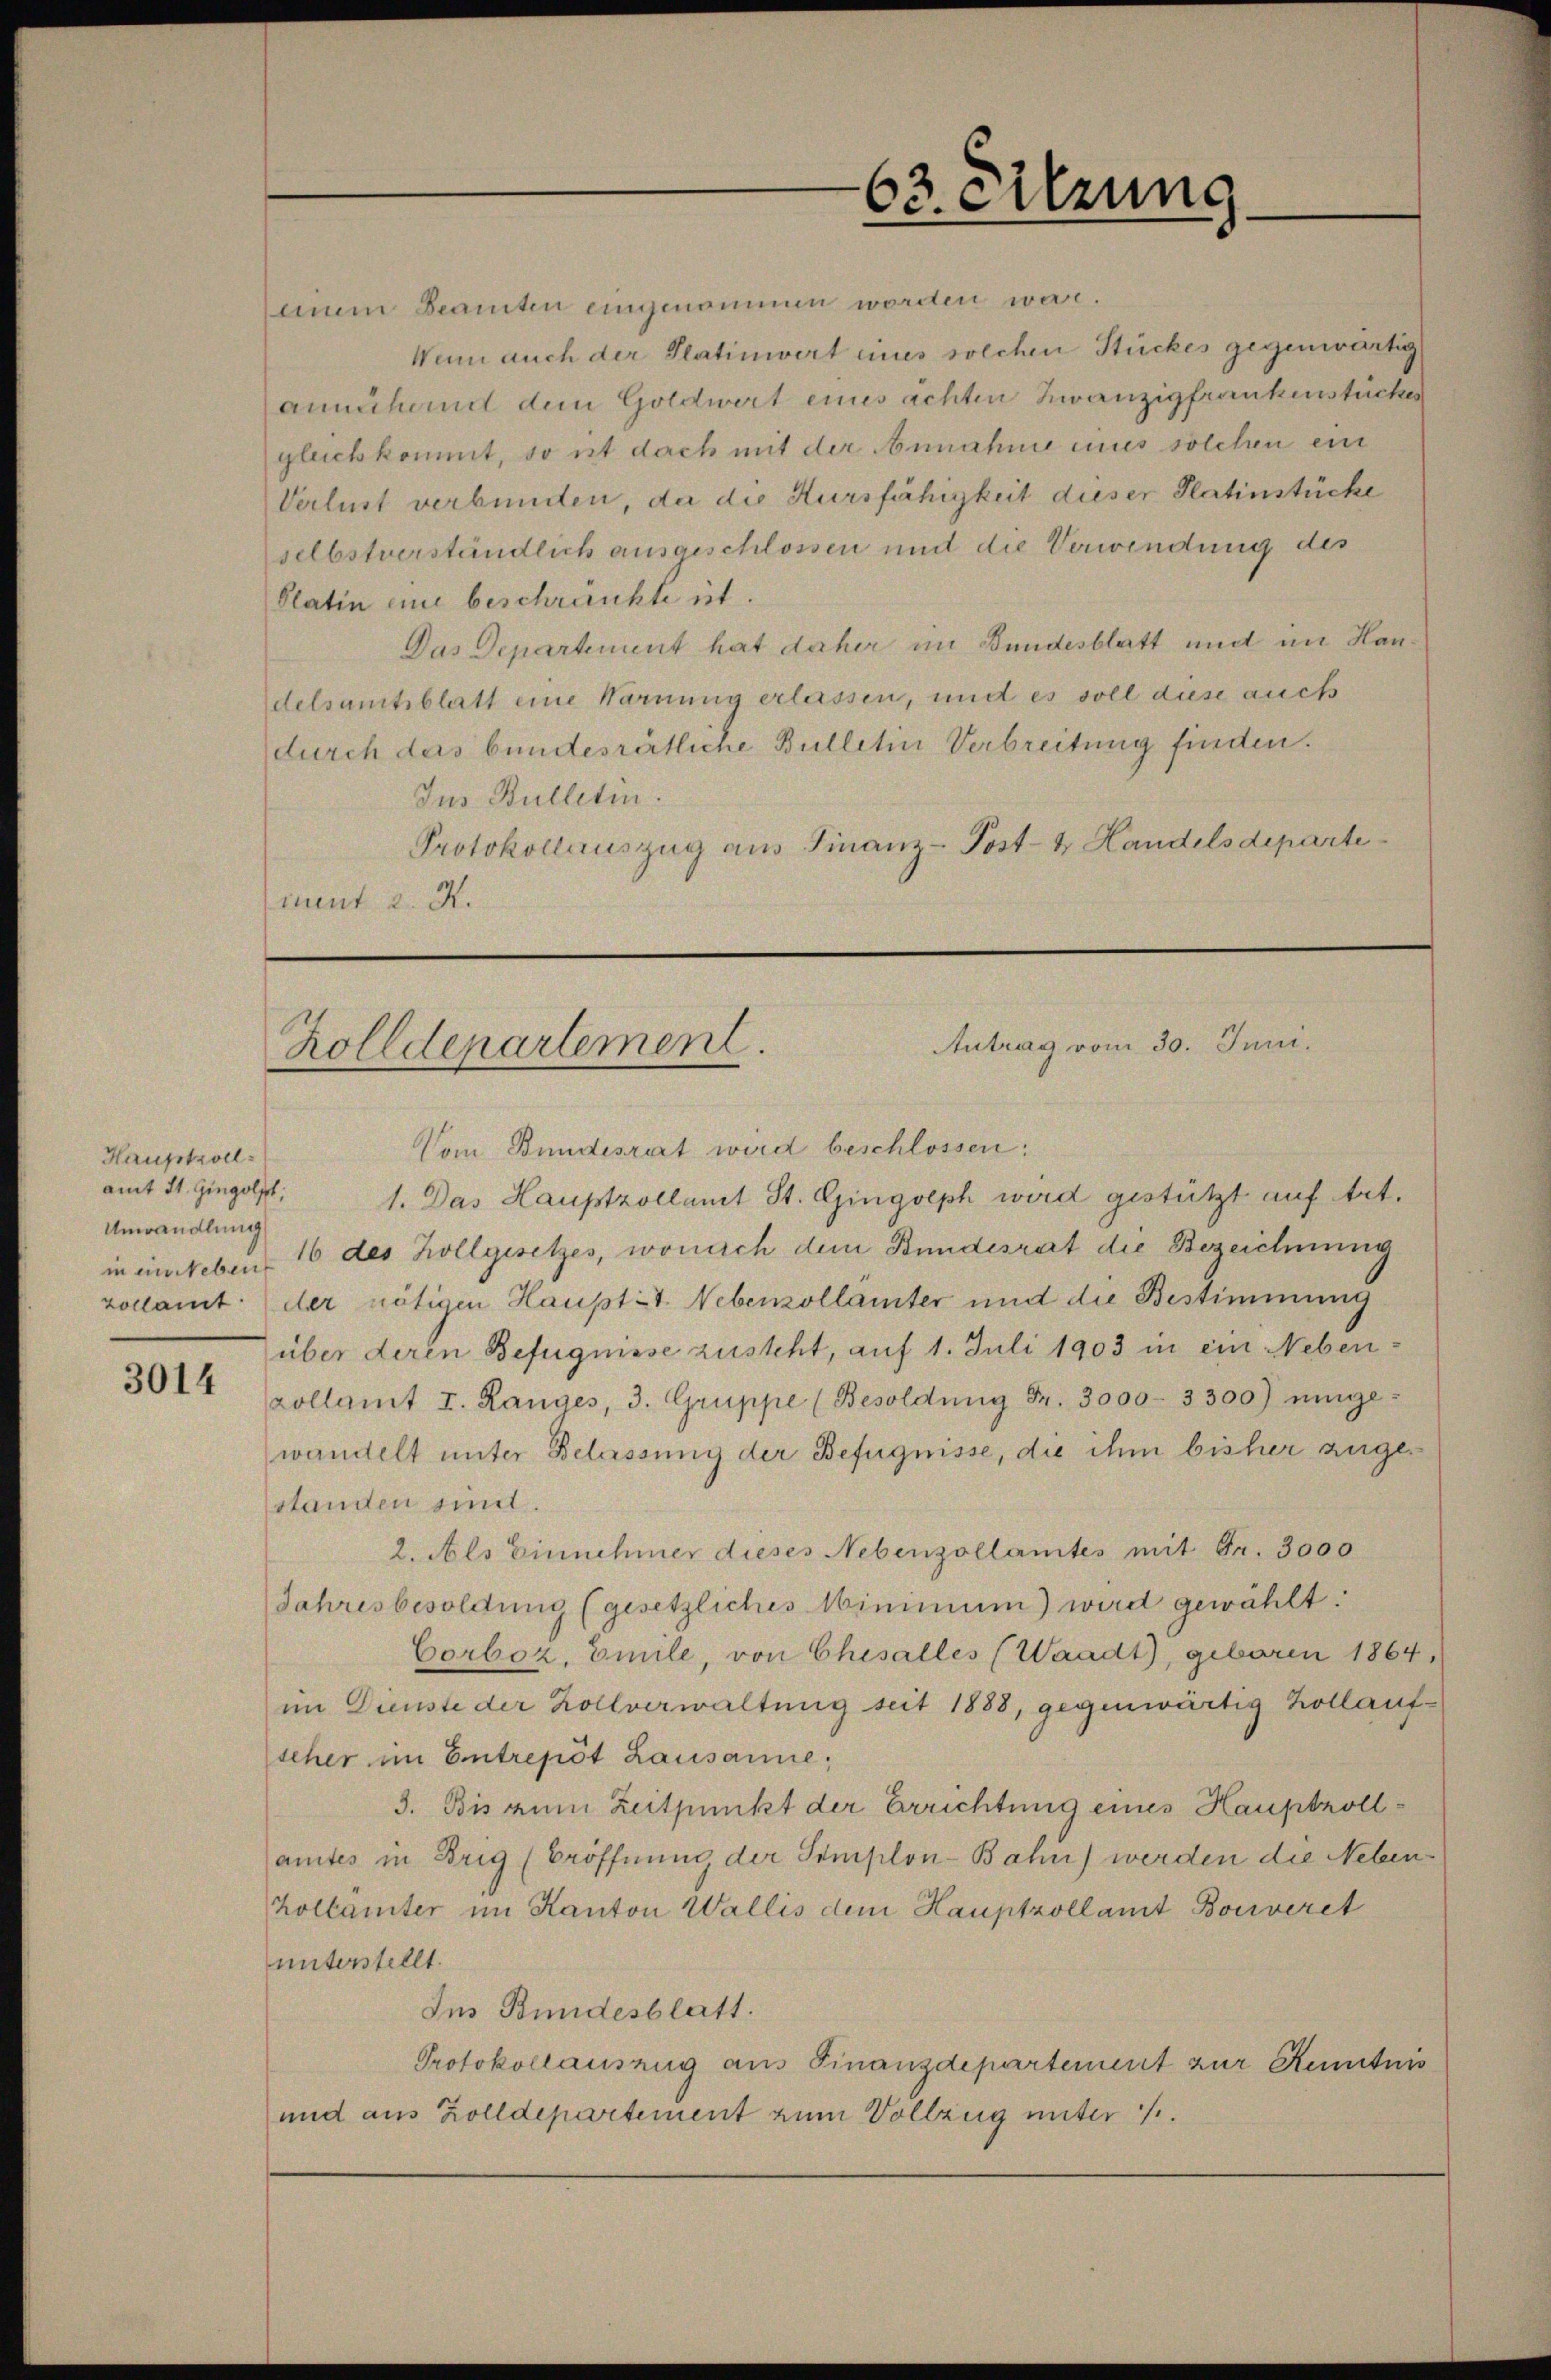
Hauptroll
amt St. Gingolpt,
Unwandlung

3014

einem Beamten eingenommen worden war.
Wenn auch der Platiniert eines solchen Stückes gegenwärtig
annähernd dem Goldwert eines achten Zwanzigfrankenstückes
gleich kommt, so ist dach mit der Annahme eines solchen ein
Verlust verbunden, da die Kursfähigkeit dieser Platinstücke
selbstverständlich ausgeschlossen und die Verwendung des
Platin eine beschränkte ist.
Das Departement hat daher im Bundesblatt und im Handelsamtsblatt eine Warnung erlassen, und es soll diese auch
durch das bundesrätliche Bulletin Verbreitung finden.
Jus Bulletin.
Protokollauszug aus Finanz-Post- & Handelsdeparte
mnt 2. X.

63. Sitzung

Antrag vom 30. Juni.
Zolldepartement.

Vom Bundesrat wird beschlossen:
1. Das Hauptzollamt St. Gingolph wird gestützt auf Art.
in ein Neben 16 des Hollgesetzes, wonach dem Bundesrat die Bezeichnung
vollamt der nötigen Hauptet. Nebenzollämter und die Bestimmung
über deren Befugnisse zusteht, auf 1. Juli 1903 in ein Neben¬
Kollamt I. Ranges, 3. Gruppe (Besoldung Fr. 3000- 3300) einge-
wandelt unter Belassung der Befugnisse, die ihm bisher zugestanden eint.
2. Als Einnehmer dieses Nebenzollamtes mit Fr. 3000
Jahresbesoldung (gesetzliches Minimum) wird gewählt:
Corboz, Emile, von Chesalles (Waadt, geboren 1864,
im Dienste der Zollverwaltung seit 1888, gegenwärtig Kollauf-
scher im Entrepôt Lausanne,
3. Bis zum Zeitpunkt der Errichtung eines Hauptrollamtes in Brig (Eröffnung der Semplon-Bahn werden die Neben¬
Zollamter im Kanton Wallis dem Hauptzollamt Bonveret
unterstellt.
Im Bundesblatt.
Protokollausung aus Finanzdepartement zur Kenntnis
und aus Zolldepartement zum Vollzug unter